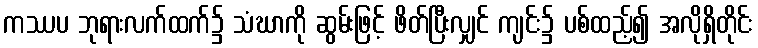
ကဿပ ဘုရားလက်ထက်၌ သံဃာကို ဆွမ်းဖြင့် ဖိတ်ပြီးလျှင် ကျင်း၌ ပစ်ထည့်၍ အလိုရှိတိုင်း